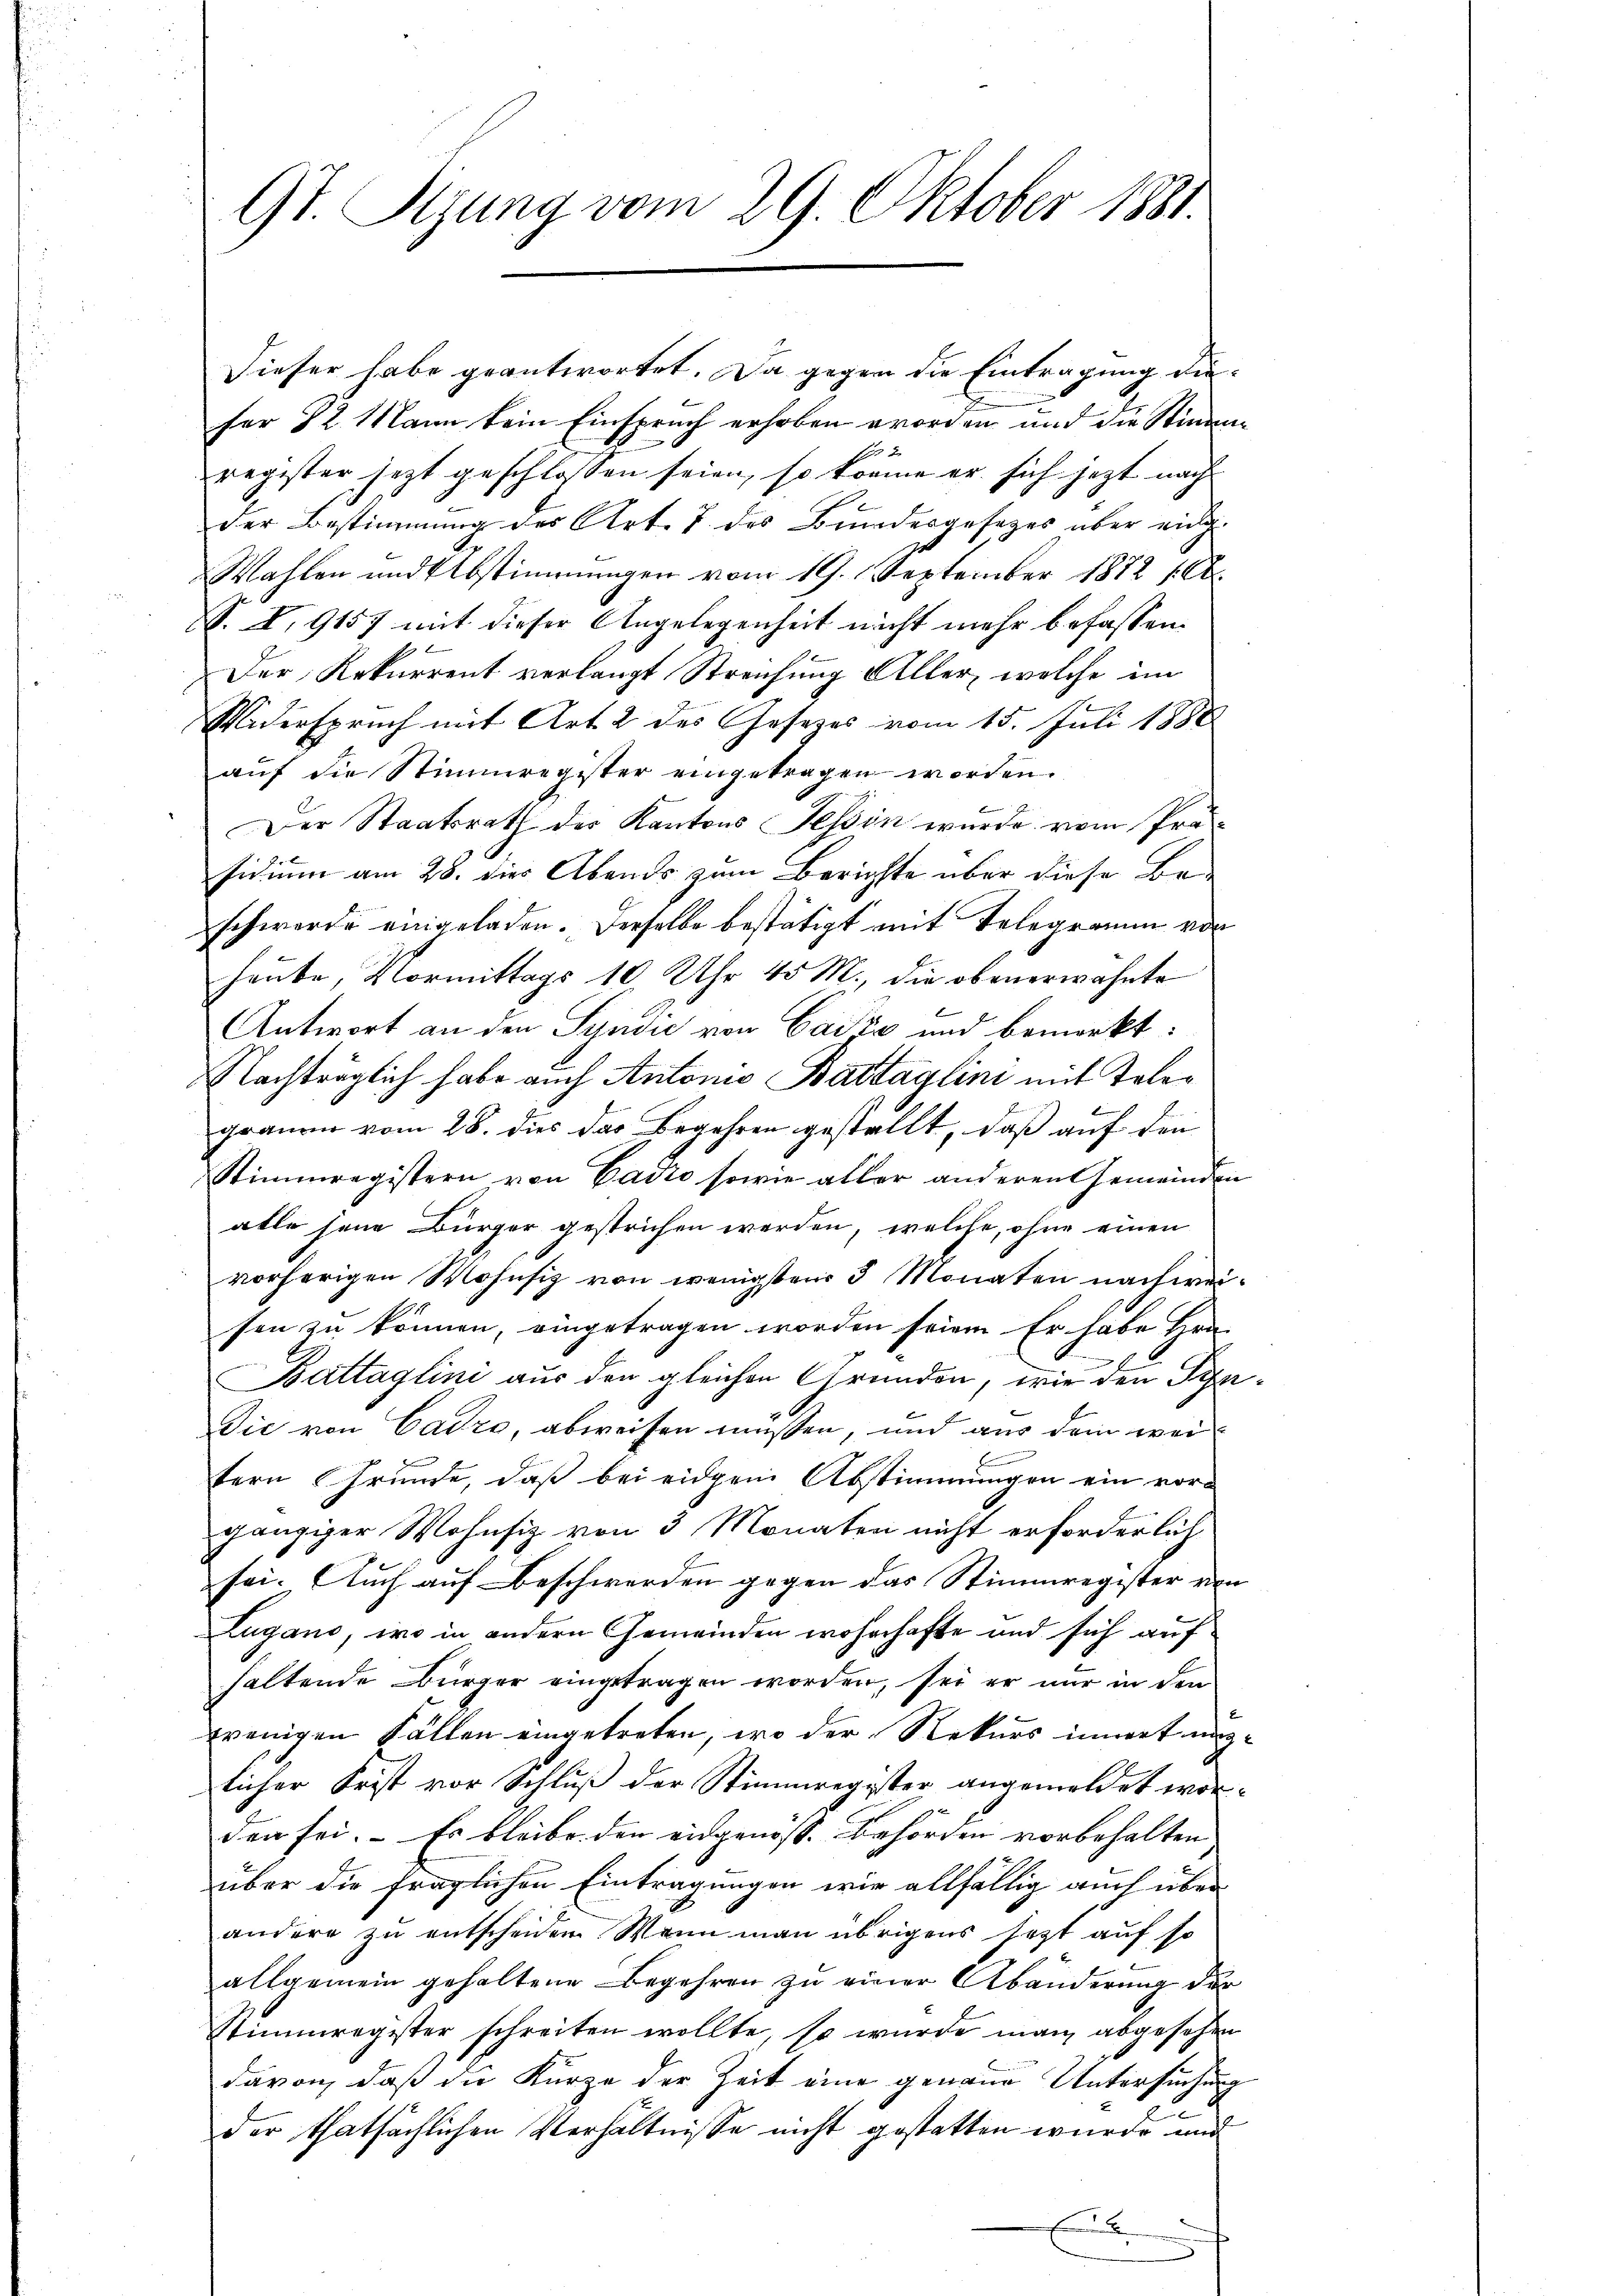
9t. Sizung vom 29. Oktober 1881.

Dieser habe geantwortet. Da gegen die Eintragung diefer 22. Mann kein Einspruch erhoben worden und die Stimme
register jetzt geschlossen seien, so könne er sich jezt nach
der Bestimmung des Art. 7 des Bundesgesetzes über eing
Wahlen und Abstimmungen vom 19. September 1872 (lt.
S. V. 9157 mit dieser Angelegenheit nicht mehr befassen.
Der Rekurrent verlangt Streichung Aller, welche im
Widerspruch mit Art. 2 des Gesezes vom 15. Juli 1888
aŭf die Stimmregister eingetragen worden.
Der Staatsrath der Kantons Tessin wurde vom Prosidium am 28. dies Abends zum Berichte über diese Be-
schwerde eingeladen. Derselbe bestätigt mit Telegramm vor
haube, Vormittags 10 Uhr 45 M., die obenerwähnte
Antwort an den Syndić von Gaić und bemerkt:
Nachträglich habe auch Antonio Bastaglini mit Telegrauen vom 28. dies das Begehren gestellt, daß auf den
Stimmregistern von Cadio sowie aller anderen Gemeinden
alle jene Bürger gestrichen werden, welche, ohne einen
vorherigen Wohnsiz von wenigstens 3 Monaten nachweisen zu können, eingetragen worden seien. Er habe Hrn.
Battaglini aus den gleichen Gründen, wie den Syn¬
Die von Cadre, abweisen müssen, und aus dem weitern Grunde, daß bei eidgen Abstimmungen ein vorgänziger Wohnsiz von 3 Monaten nicht erforderlich
sei. Auch auf Beschwerden gegen das Stimmregister von
Zugano, wo in andern Gemeinden wohnhafte und sich aufhaltende Bürger eingetragen worden, sei er nur in den
wenigen Fällen eingetreten, wo der Rekurs innerunglicher Frist vor Schluß der Stimmregister angemeldet worden sei. Es bleibe den eidgenöss. Behörden vorbehalten
über die fraglichen Eintragungen wir allfällig auch über
andere zu entscheiden. Wenn man übrigens jetzt auf so
allgemein gehaltene Begehren zu einer Abänderung der
Stimmregister schreiten wollte, so wurde man abgesehen
davon, daß die Kurze der Zeit eine genaue Untersuchung
der thatsächlichen Verhältnisse nicht gestatten wurde und
.